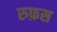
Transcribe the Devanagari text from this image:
रुफ़स